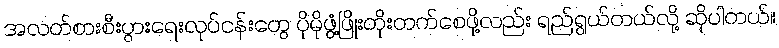
အလတ်စားစီးပွားရေးလုပ်ငန်းတွေ ပိုမိုဖွံ့ဖြိုးတိုးတက်စေဖို့လည်း ရည်ရွယ်တယ်လို့ ဆိုပါတယ်။